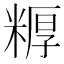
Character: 𬖦